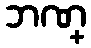
ဘဏ္